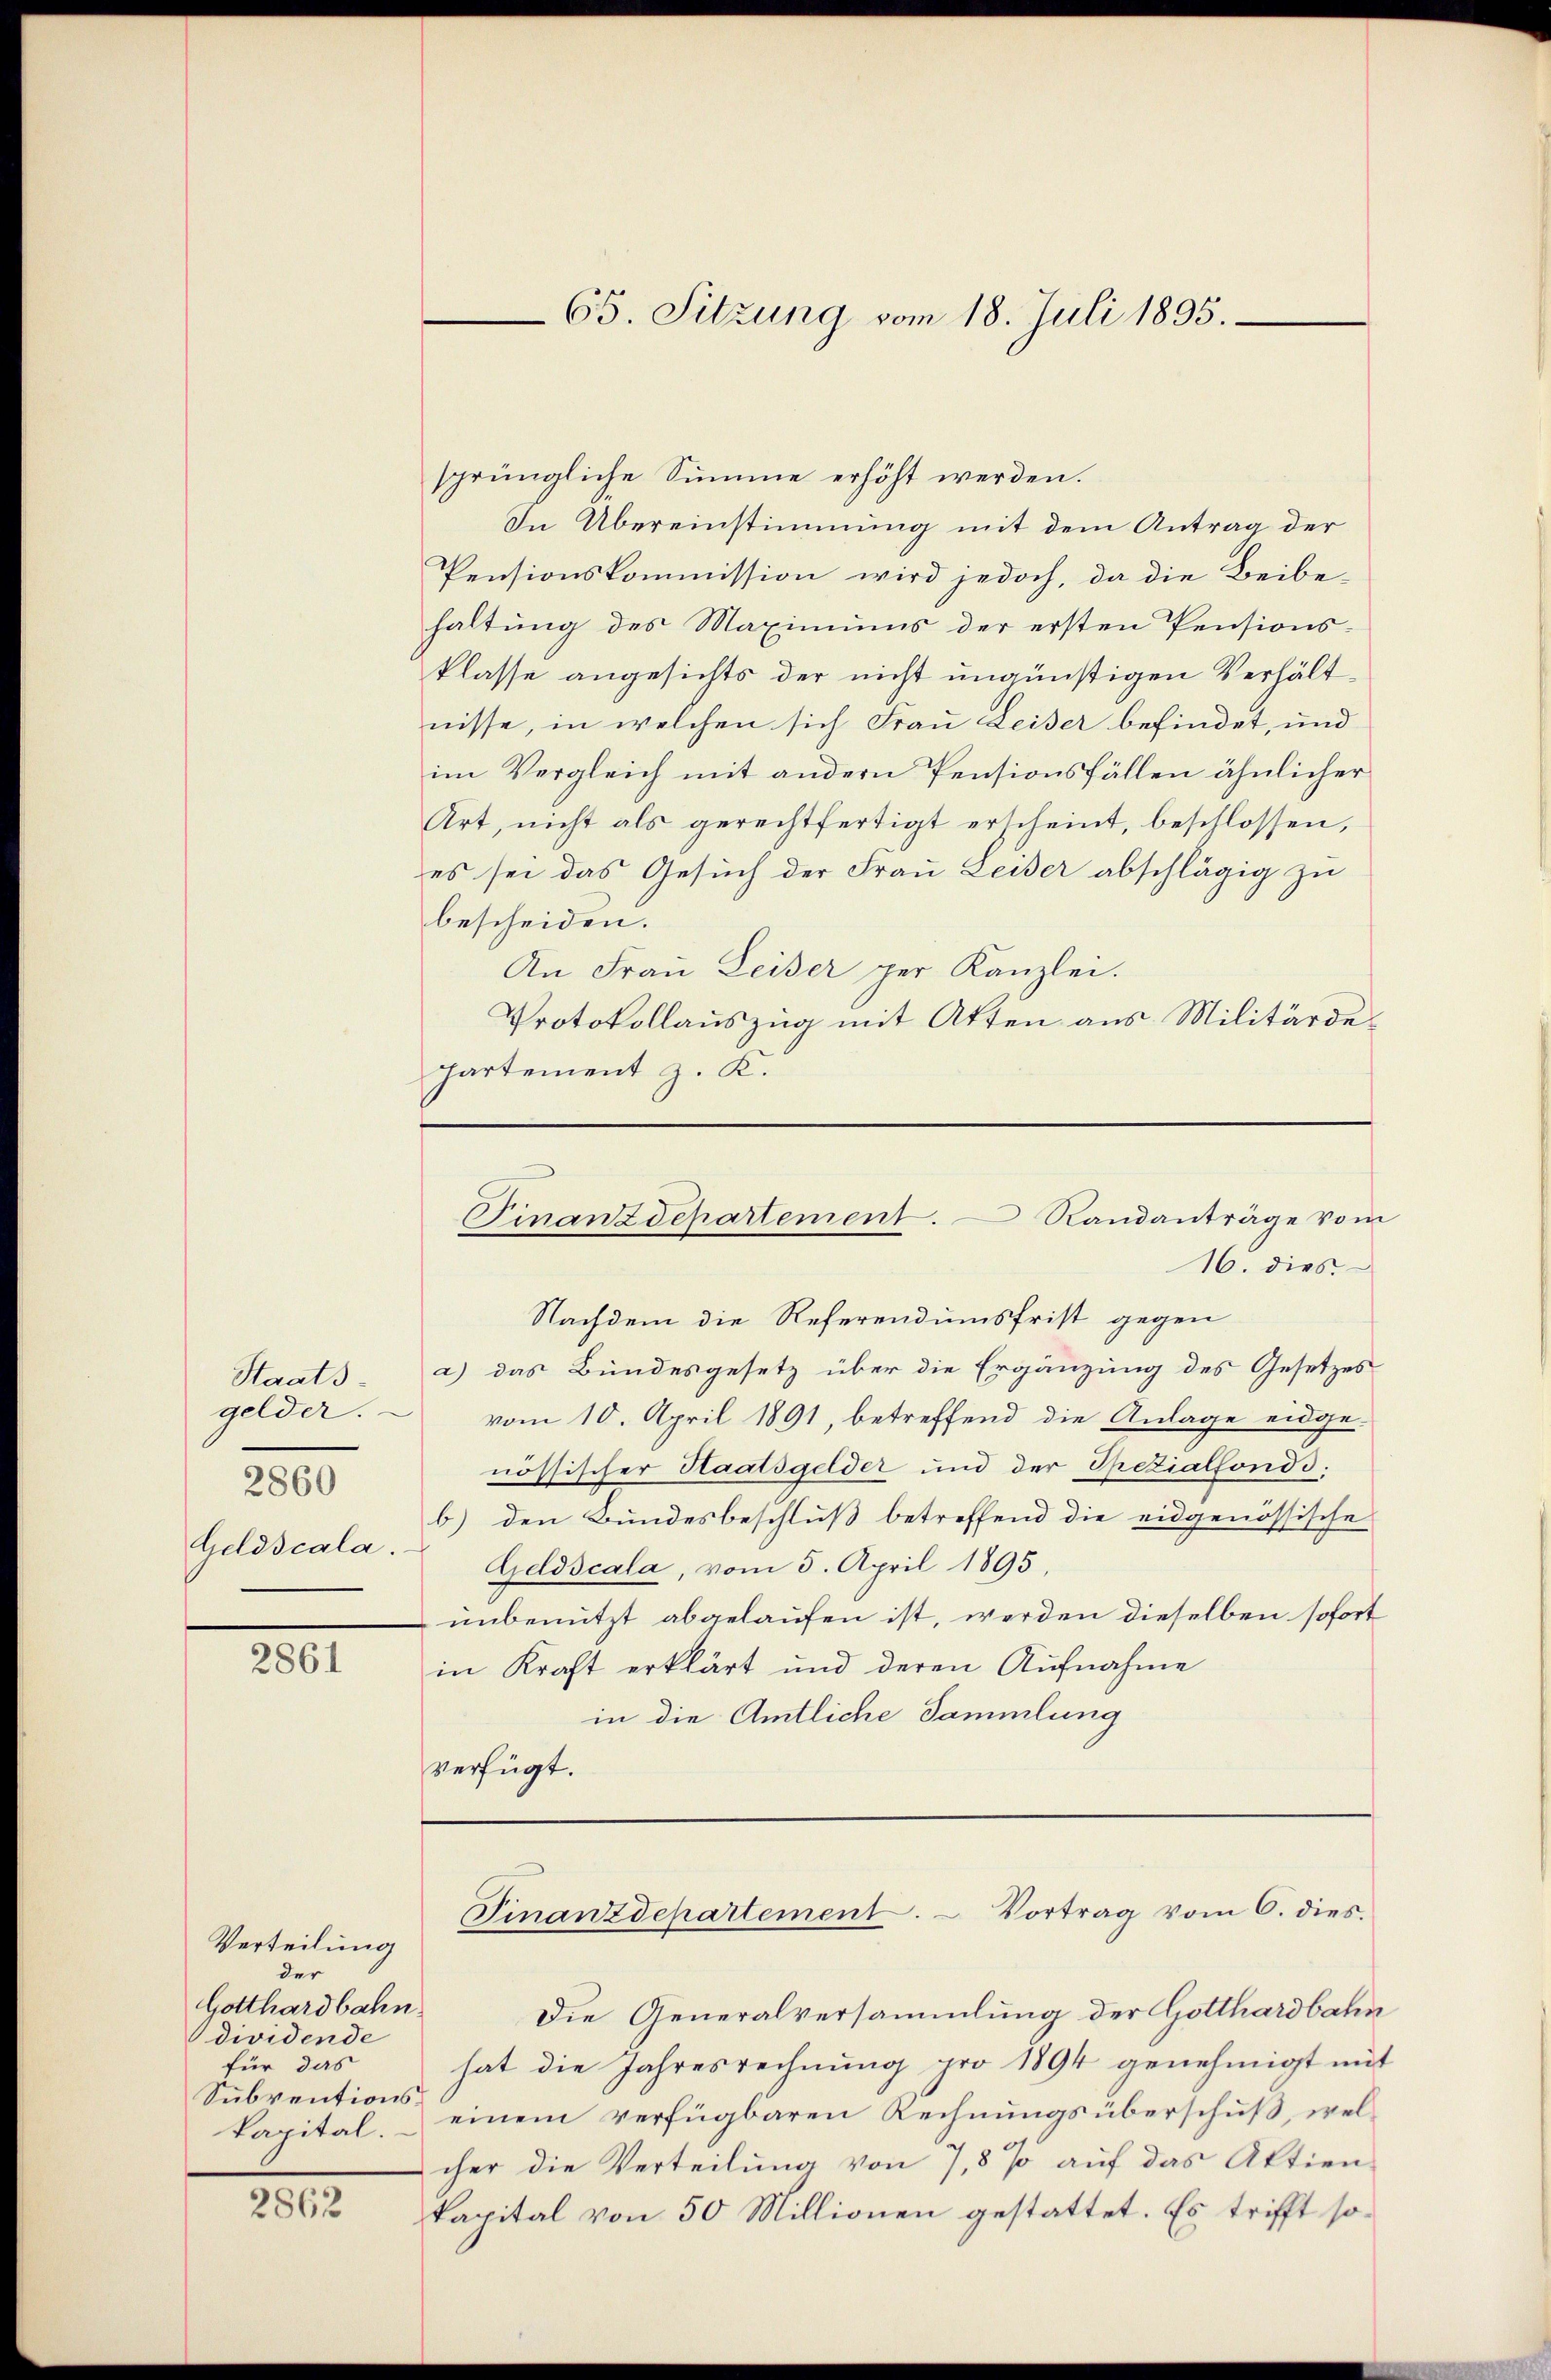
Staats
gelder.
2860
Geldscala.

2861

Verteilung
der
Gotthardbahn
dividende
für das
Subventionskapital.

2862

sprüngliche Summe erhöht werden.
In Übereinstimmung mit dem Antrag der
Pensionskommission wird jedoch, da die Beibe-
haltung des Maximums der ersten Pensionsklasse angesichts der nicht ungünstigen Verhältnisse, in welchen sich Frau Leiser befindet, und
im Vergleich mit andern Pensionsfällen ähnlicher
Art, nicht als gerechtfertigt erscheint, beschlossen,
es sei das Gesuch der Frau Leider abschlägig zu
bescheiden.
An Frau Leiser per Kanzlei.
Protokollauszug mit Atten aus Militärde¬
Partement z. K.

65. Sitzung vom 18. Juli 1895.

Finanzdepartement. Randanträge vom

16. dies
Nachdem die Referendumsfrist gegen
a) das Bundesgesetz über die Ergänzung des Gesetzes
vom 10. April 1891, betreffend die Anlage eidgenössischer Staatsgelder und der Spezialfonds.
b) den Bundesbeschluß betreffend die eidgenössische
Geldscala, vom 5. April 1895,
unbenutzt abgelaufen ist, werden dieselben sofort
in Kraft erklärt und deren Aufnahme
in die Amtliche Sammlung
verfügt:

Finanzdepartement. - Vortrag vom 6. dies

Die Generalversammlung der Gotthardbahn
hat die Jahresrechnung pro 1894 genehmigt mit
einem verfügbaren Rechnungsüberschuß, welcher die Verteilung von 7,8 % auf das Aktien-
kapital von 50 Millionen gestattet. Es trifft so¬